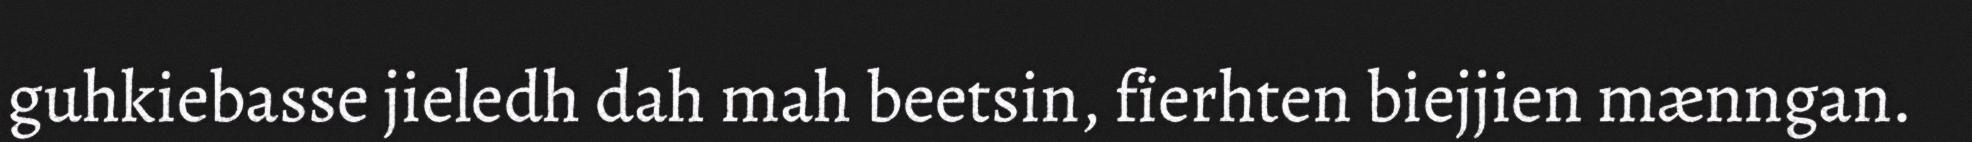
guhkiebasse jieledh dah mah beetsin, fïerhten biejjien mænngan.